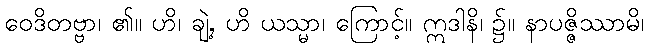
ဝေဒိတဗ္ဗာ၊ ၏။ ဟိ၊ ချဲ့, ဟိ ယသ္မာ၊ ကြောင့်။ ဣဒါနိ၊ ၌။ နာပဇ္ဇိဿာမိ၊